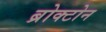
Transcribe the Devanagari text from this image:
ब्रोक्टोन